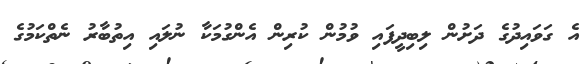
އެ ގަވައިދުގެ ދަށުން ލިބިދީފައި ވުމުން ކުރިން އެންގުމަކާ ނުލައި އިތުބާރު ނެތްކަމުގެ